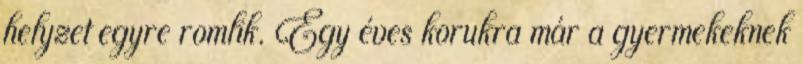
helyzet egyre romlik. Egy éves korukra már a gyermekeknek